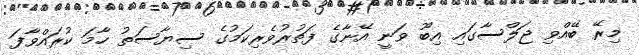
މިރޭ ބޭއްވި ޖަލްސާގައި އިބޫ ވަނީ އޭނާގެ ފަތުރުވެރިކަމުގެ ސިޔާސަތު ހާމަ ކުރައްވާފަ